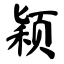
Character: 颖